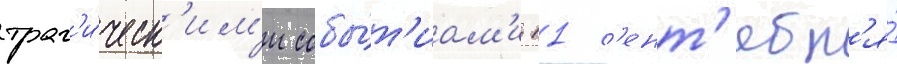
траг'и́ческ'им'и собы́т'иам'и 11 с'ент'ябр'я́